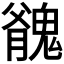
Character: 𩳬